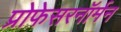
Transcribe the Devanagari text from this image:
प्रोफेसरनॉर्मन